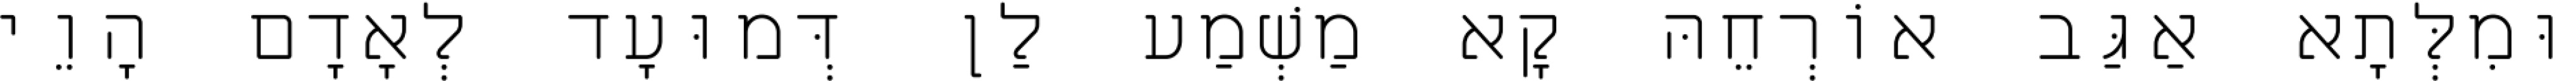
וּמִלְּתָא אַגַּב אוֹרְחֵהּ קָא מַשְׁמַע לַן דְּמוּעָד לְאָדָם הָוֵי